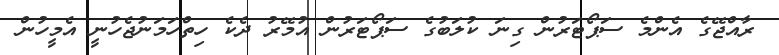
ރާއްޖޭގެ އެންމެ ސަޕޯޓަރުން ގިނަ ކުލަބުގެ ސަޕޯޓަރުން އުމޭރު ދެކެ ހިތްހަމަނުޖެހުނީ އެމީހުން